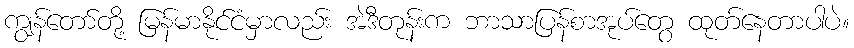
ကျွန်တော်တို့ မြန်မာနိုင်ငံမှာလည်း အဲဒီတုန်းက ဘာသာပြန်စာအုပ်တွေ ထုတ်နေတာပါပဲ။